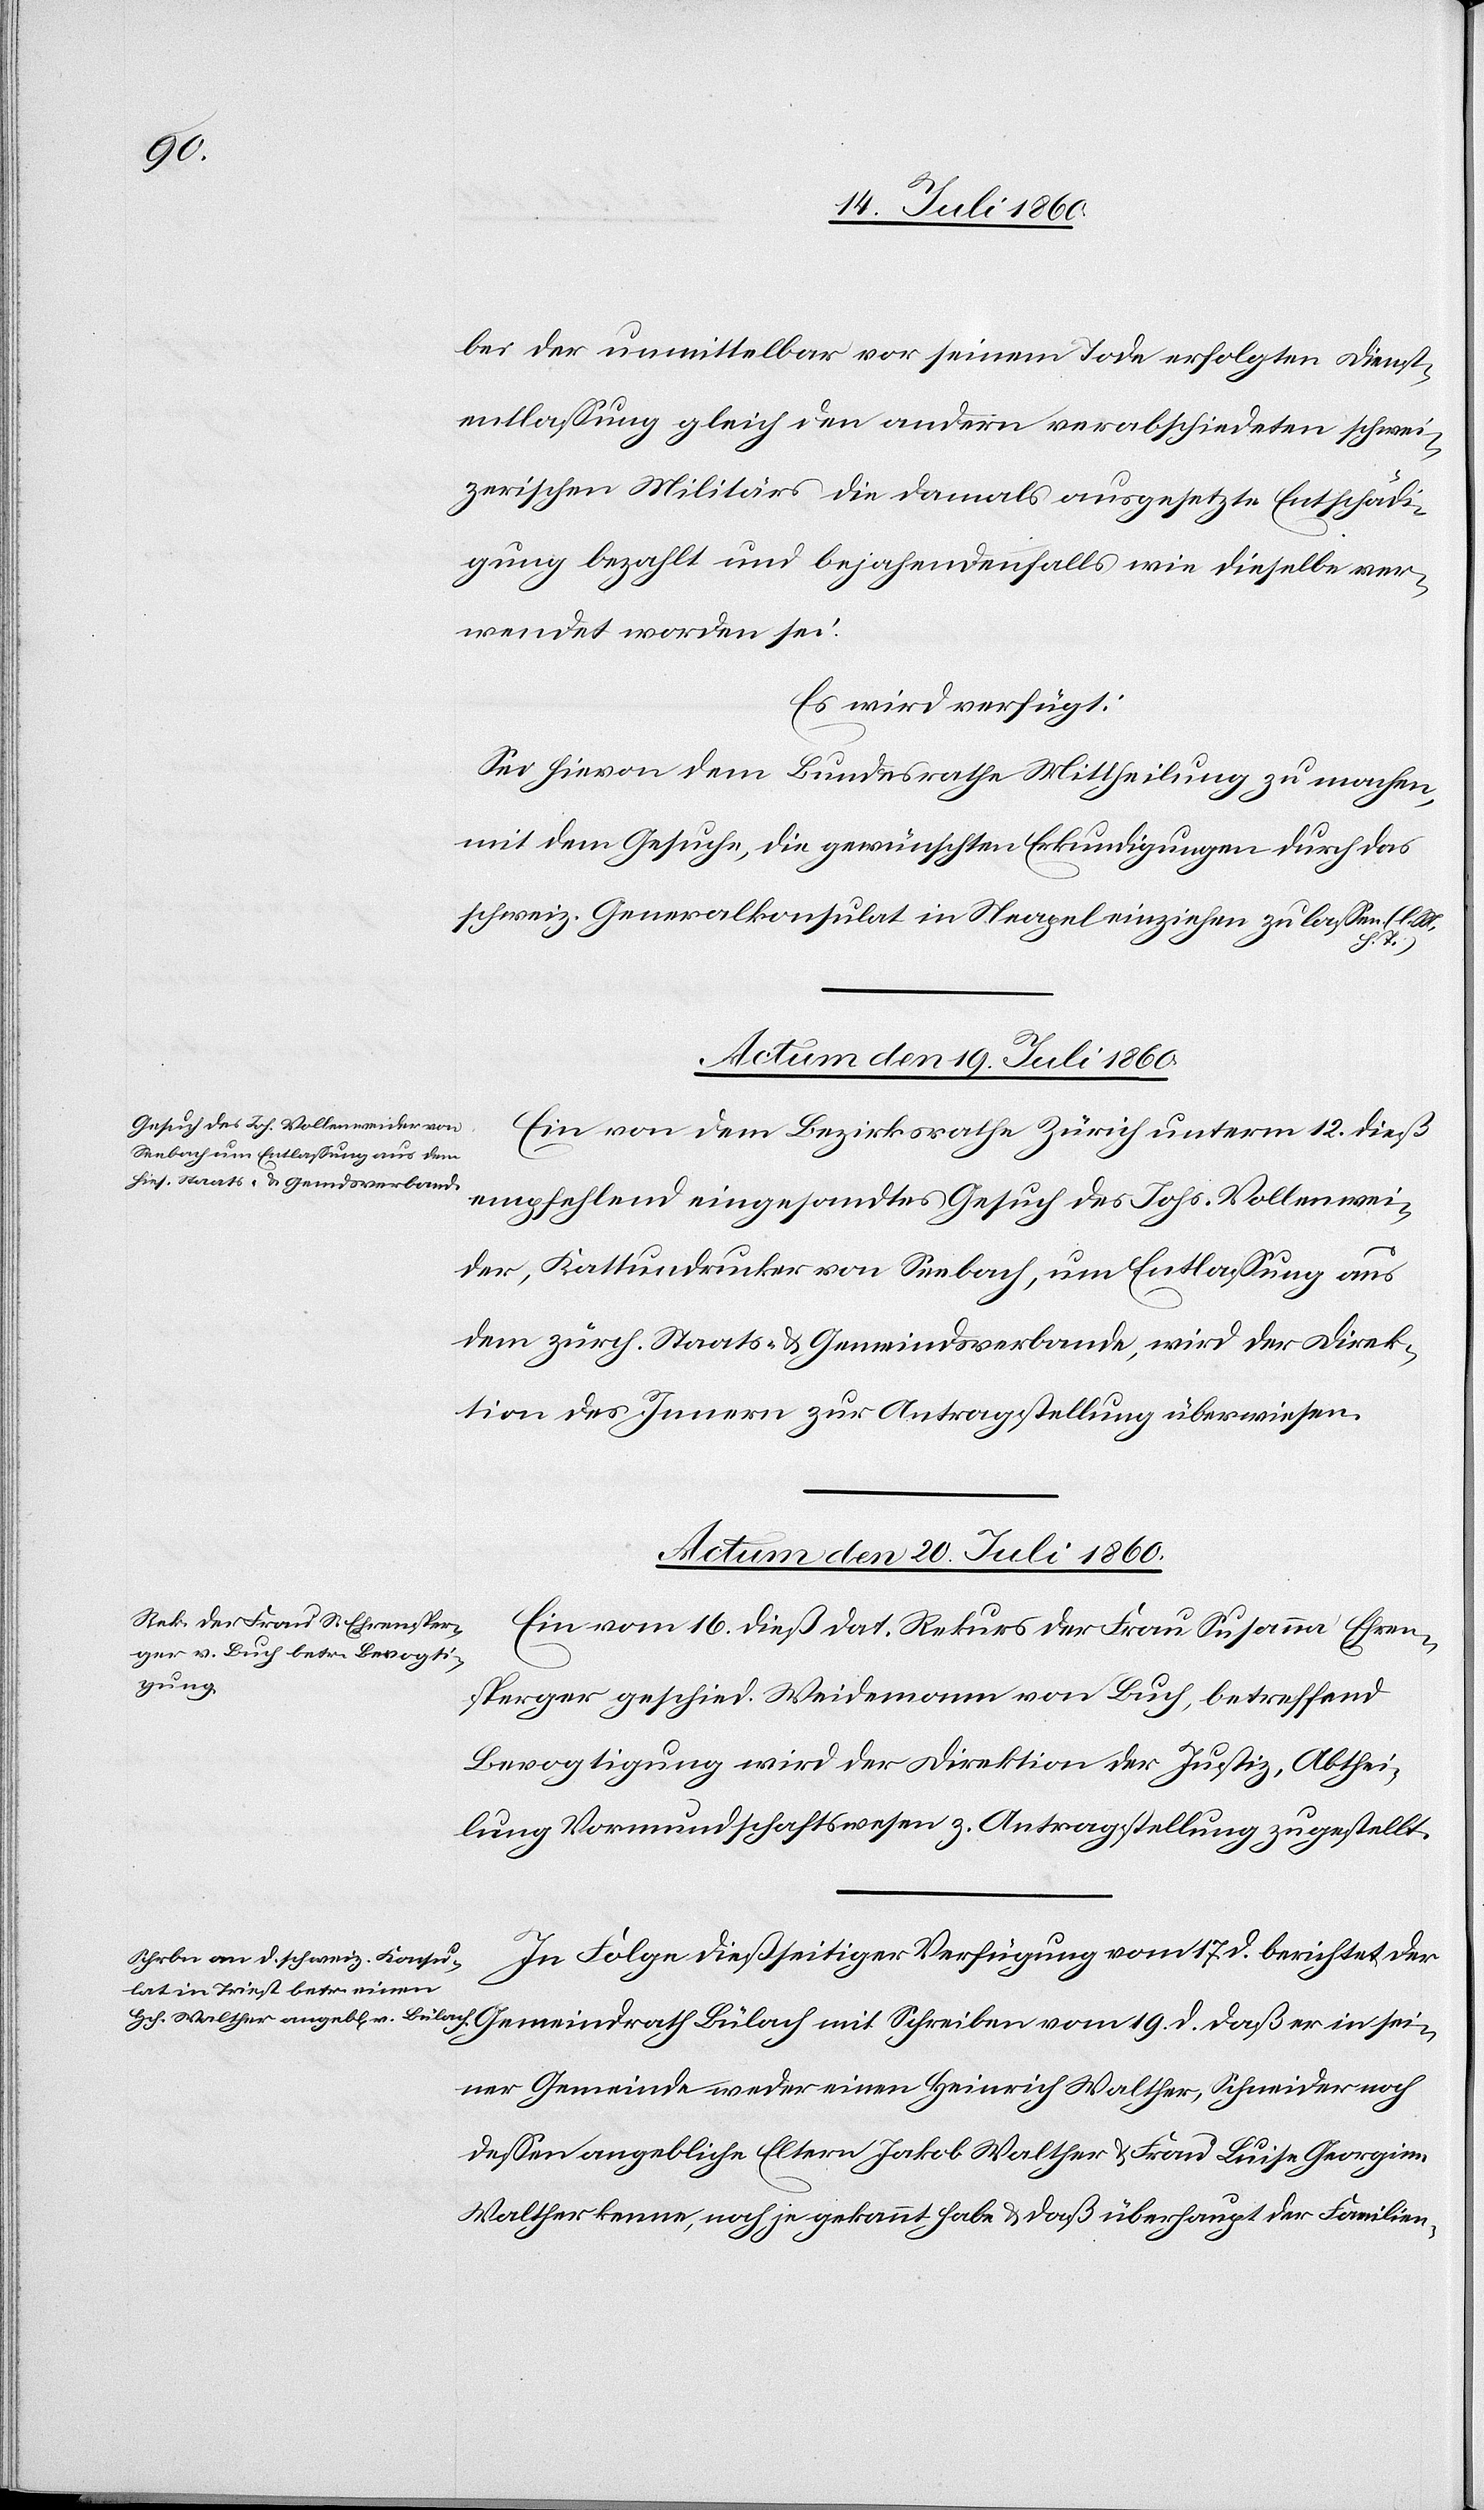
sei¬

bei der unmittelbar vor seinem Tode erfolgten Dienst¬
entlassung gleich den andern verabschiedeten schwei¬
zerischen Militärs die damals ausgesetzte Entschädi¬
gung bezahlt und bejahendenfalls wie dieselbe ver¬
wendet worden sei.
Es wird verfügt:
Sei hievon dem Bundesrathe Mittheilung zu machen,
mit dem Gesuche, die gewünschten Erkundigungen durch das
schweiz. Generalkonsulat in Neapel einziehen zu lassen. (l.
Actum den 19. Juli 1860.
Ein von dem Bezirksrathe Zürich unterm 12. dieß
empfehlend eingesandtes Gesuch des Johs. Vollenwei¬
der, Kattundrucker von Seebach, um Entlassung aus
dem zürch. Staats- & Gemeindsverbande, wird der Direk¬
tion des Innern zur Antragstellung überwiesen.
Actum den 20. Juli 1860.]
Ein vom 16. dieß dat. Rekurs der Frau Susanna Ehren¬
sperger geschied. Weidemann von Buch, betreffend
Bevogtigung wird der Direktion der Justiz, Abthei¬
lung Vormundschaftswesen z. Antragstellung zugestellt.
In Folge dießseitiger Verfügung vom 17. d. berichtet der
ner Gemeinde weder einen Heinrich Walther, Schneider noch
dessen angebliche Eltern Jakob Walther & Frau Luise Georgine
Walther kenne, noch je gekannt habe & daß überhaupt der Familien-